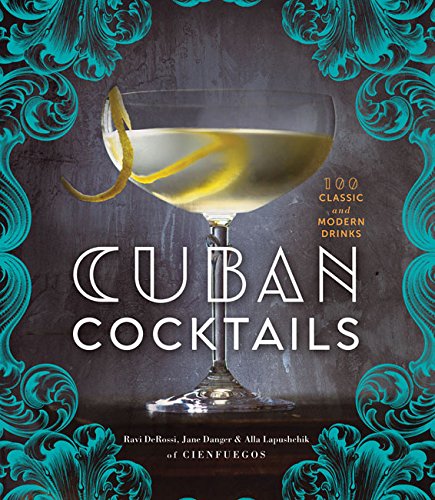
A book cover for Cuban Cocktails: 100 Classic and Modern Drinks; Ravi DeRossi; Cookbooks, Food & Wine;